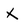
Character: x